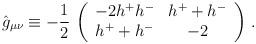
LaTeX: \begin{align*}\hat g_{\mu\nu}\equiv-\frac 12\, \left(\begin{array}{cc}-2h^+h^- & h^++h^- \\h^++h^- & -2\end{array}\right)\, .\end{align*}